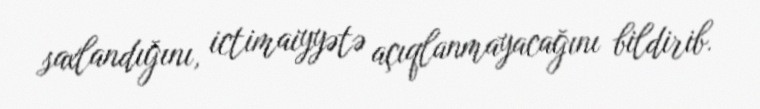
saxlandığını, ictimaiyyətə açıqlanmayacağını bildirib.